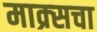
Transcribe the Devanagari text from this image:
माक्र्सचा